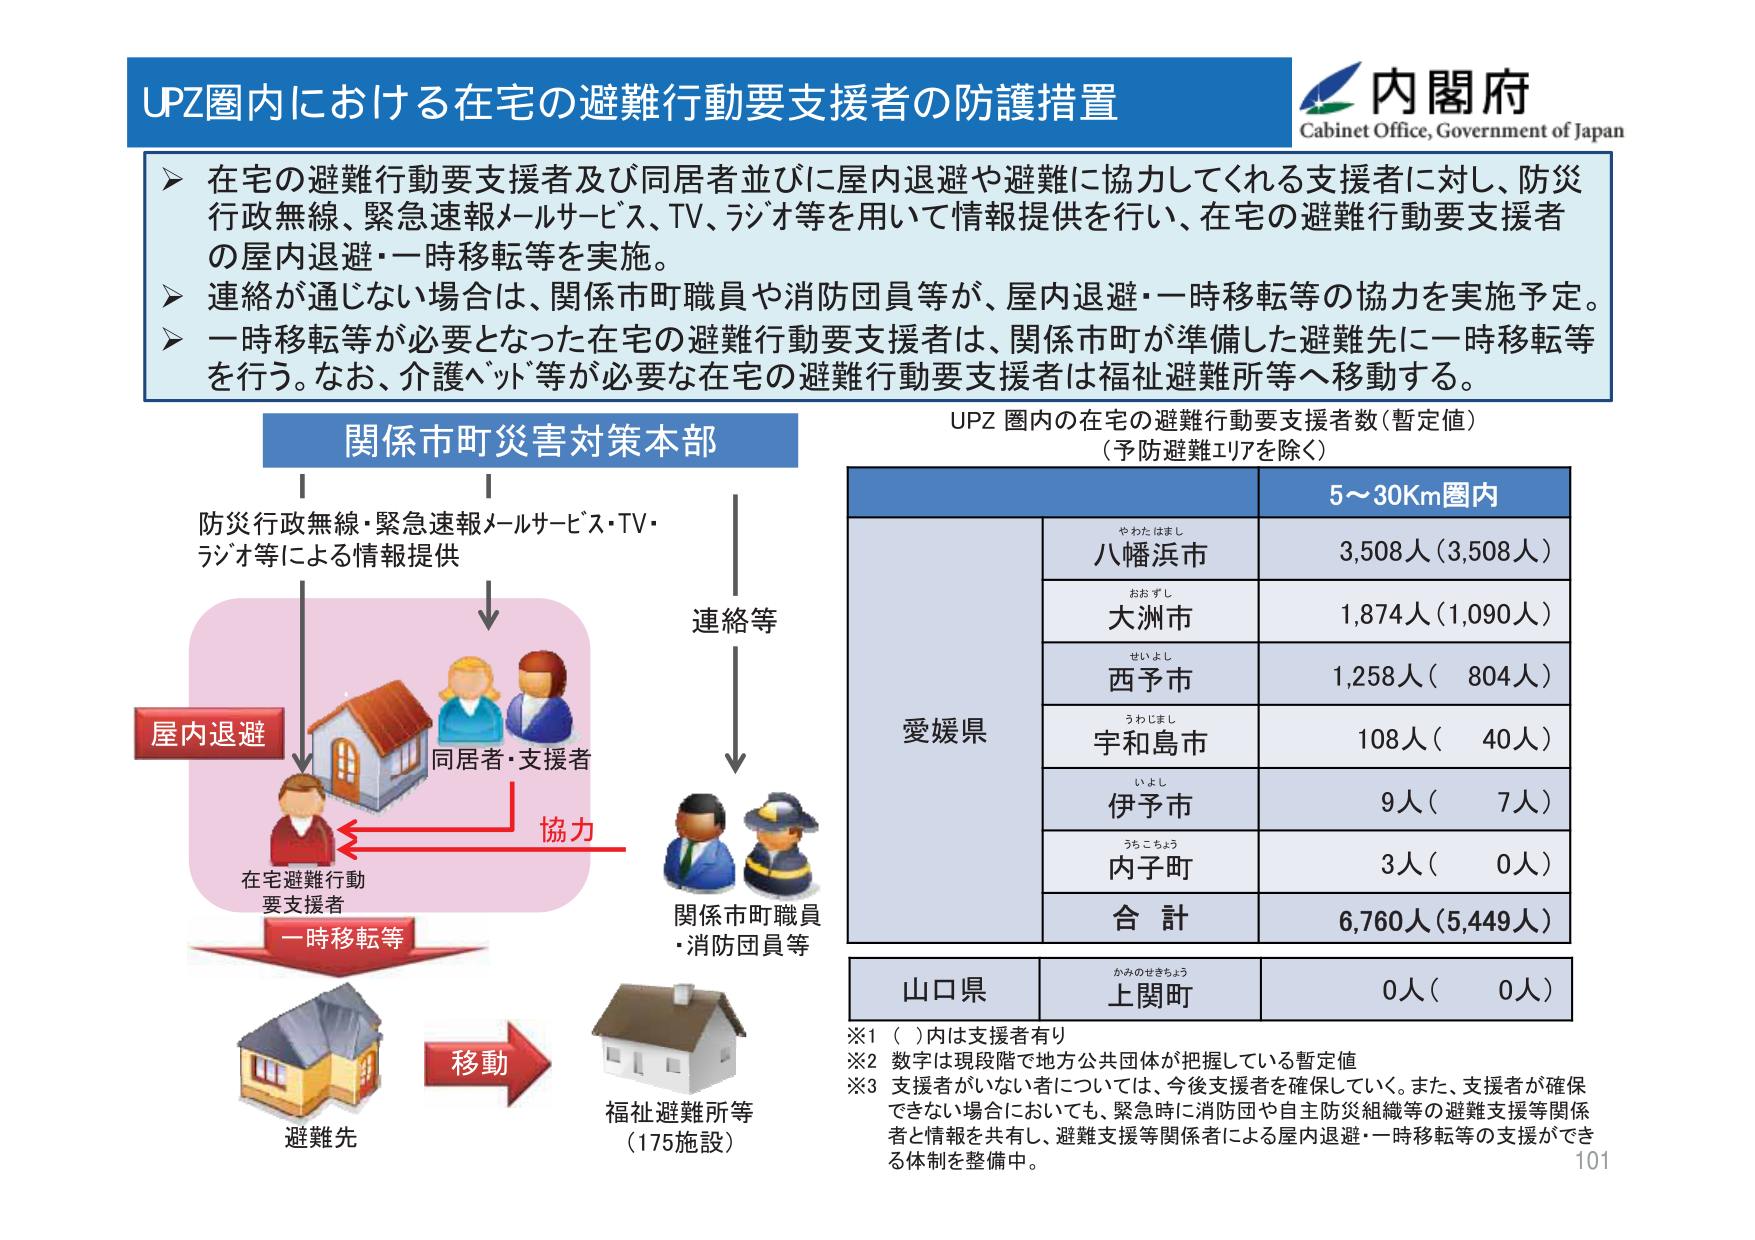
UPZ圏内における在宅の避難行動要支援者の防護措置

内閣府
Cabinet Office, Government of Japan

➤ 在宅の避難行動要支援者及び同居者並びに屋内退避や避難に協力してくれる支援者に対し、防災行政無線、緊急速報メールサービス、TV、ラジオ等を用いて情報提供を行い、在宅の避難行動要支援者の屋内退避・一時移転等を実施。
➤ 連絡が通じない場合は、関係市町職員や消防団員等が、屋内退避・一時移転等の協力を実施予定。
➤ 一時移転等が必要となった在宅の避難行動要支援者は、関係市町が準備した避難先に一時移転等を行う。なお、介護ベッド等が必要な在宅の避難行動要支援者は福祉避難所等へ移動する。

関係市町災害対策本部

防災行政無線・緊急速報メールサービス・TV・ラジオ等による情報提供

屋内退避
在宅避難行動要支援者
同居者・支援者
協力
一時移転等
移動
避難先
福祉避難所等
（175施設）

連絡等
関係市町職員
・消防団員等

UPZ 圏内の在宅の避難行動要支援者数（暫定値）
（予防避難エリアを除く）

5～30Km圏内

愛媛県
やわたはまし
八幡浜市
3,508人（3,508人）
おおすし
大洲市
1,874人（1,090人）
せいよし
西予市
1,258人（ 804人）
うわじまし
宇和島市
108人（ 40人）
いよし
伊予市
9人（ 7人）
うちこちょう
内子町
3人（ 0人）
合 計
6,760人（5,449人）

山口県
かみのせきちょう
上関町
0人（ 0人）

※1 （ ）内は支援者有り
※2 数字は現段階で地方公共団体が把握している暫定値
※3 支援者がいない者については、今後支援者を確保していく。また、支援者が確保できない場合においても、緊急時に消防団や自主防災組織等の避難支援等関係者と情報を共有し、避難支援等関係者による屋内退避・一時移転等の支援ができる体制を整備中。

101